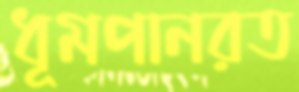
ধূমপানরত